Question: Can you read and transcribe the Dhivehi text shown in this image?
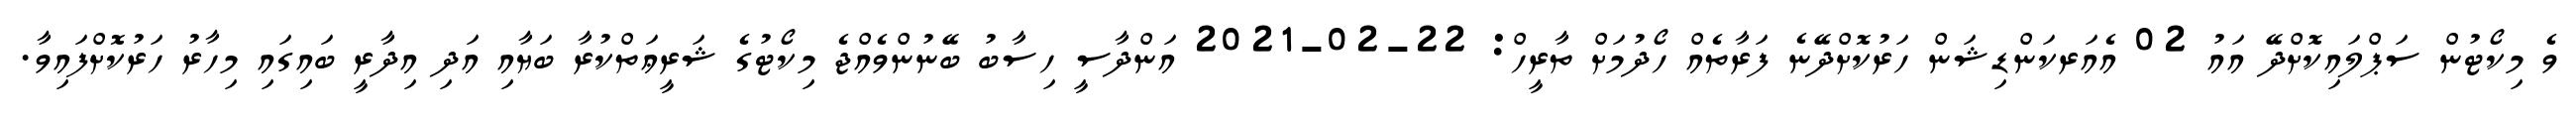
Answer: ވެ މިކޯޓުން ސަޕްލައިކޮށްދޭ އައު 02 އެއަރކަންޑިޝަން ހަރުކޮށްދޭނެ ފަރާތެއް ހޯދުމަށް ތާރީހް: 22-02-2021 އަންދާސީ ހިސާބު ބޭނުންވެއްޖެ މިކޯޓުގެ ޝަރީޢަތްކުރާ ބަޔާއި އަދި އިދާރީ ބައިގައި މިހާރު ހަރުކޮށްފައިވާ.